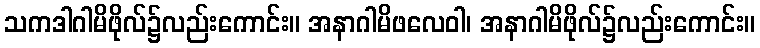
သကဒါဂါမိဖိုလ်၌လည်းကောင်း။ အနာဂါမိဖလေဝါ၊ အနာဂါမိဖိုလ်၌လည်းကောင်း။